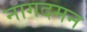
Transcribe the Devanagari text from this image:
नागदमन